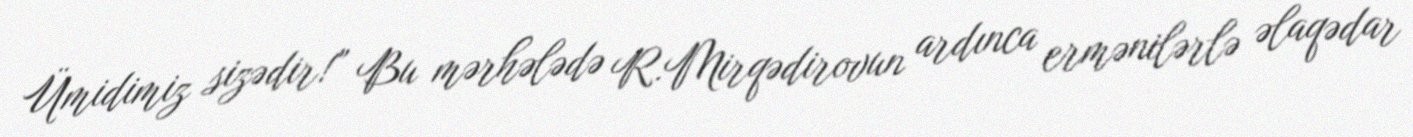
Ümidimiz sizədir!” Bu mərhələdə R.Mirqədirovun ardınca ermənilərlə əlaqədar